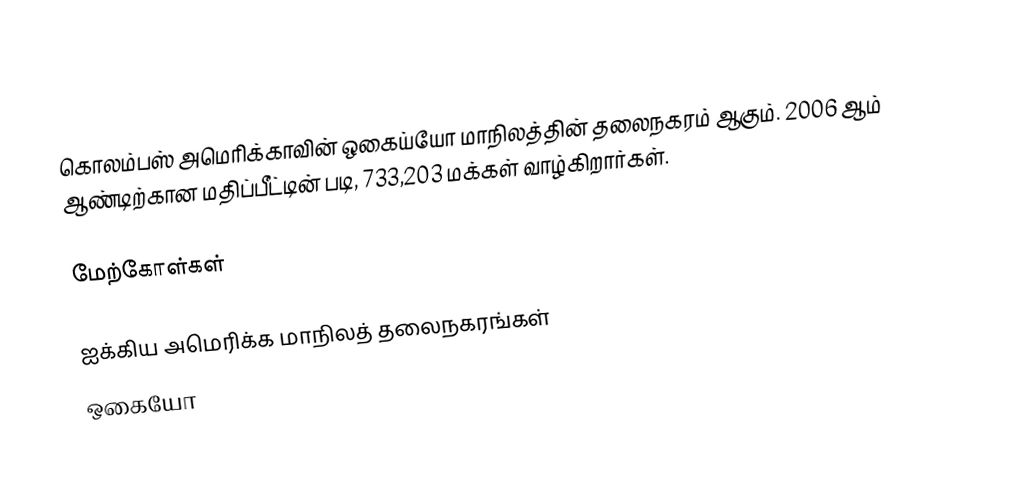
கொலம்பஸ் அமெரிக்காவின் ஒகைய்யோ மாநிலத்தின் தலைநகரம் ஆகும். 2006 ஆம் ஆண்டிற்கான மதிப்பீட்டின் படி, 733,203 மக்கள் வாழ்கிறார்கள்.

மேற்கோள்கள்

ஐக்கிய அமெரிக்க மாநிலத் தலைநகரங்கள்
ஒகையோ